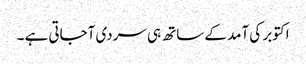
اکتوبر کی آمد کے ساتھ ہی سردی آجاتی ہے ۔